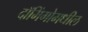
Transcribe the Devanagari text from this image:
दॉमिंगोमधील